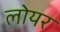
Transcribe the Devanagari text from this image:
लोयर